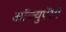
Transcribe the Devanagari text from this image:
अॉक्युपेंसी